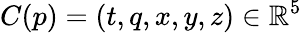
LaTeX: C(p)=(t,q,x,y,z)\in\mathbb{R}^{5}